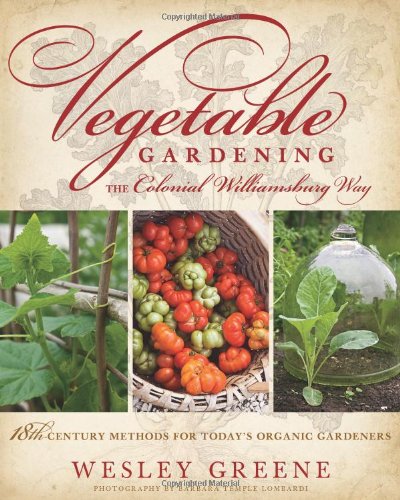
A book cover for Vegetable Gardening the Colonial Williamsburg Way: 18th-Century Methods for Today's Organic Gardeners; Wesley Greene; Crafts, Hobbies & Home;